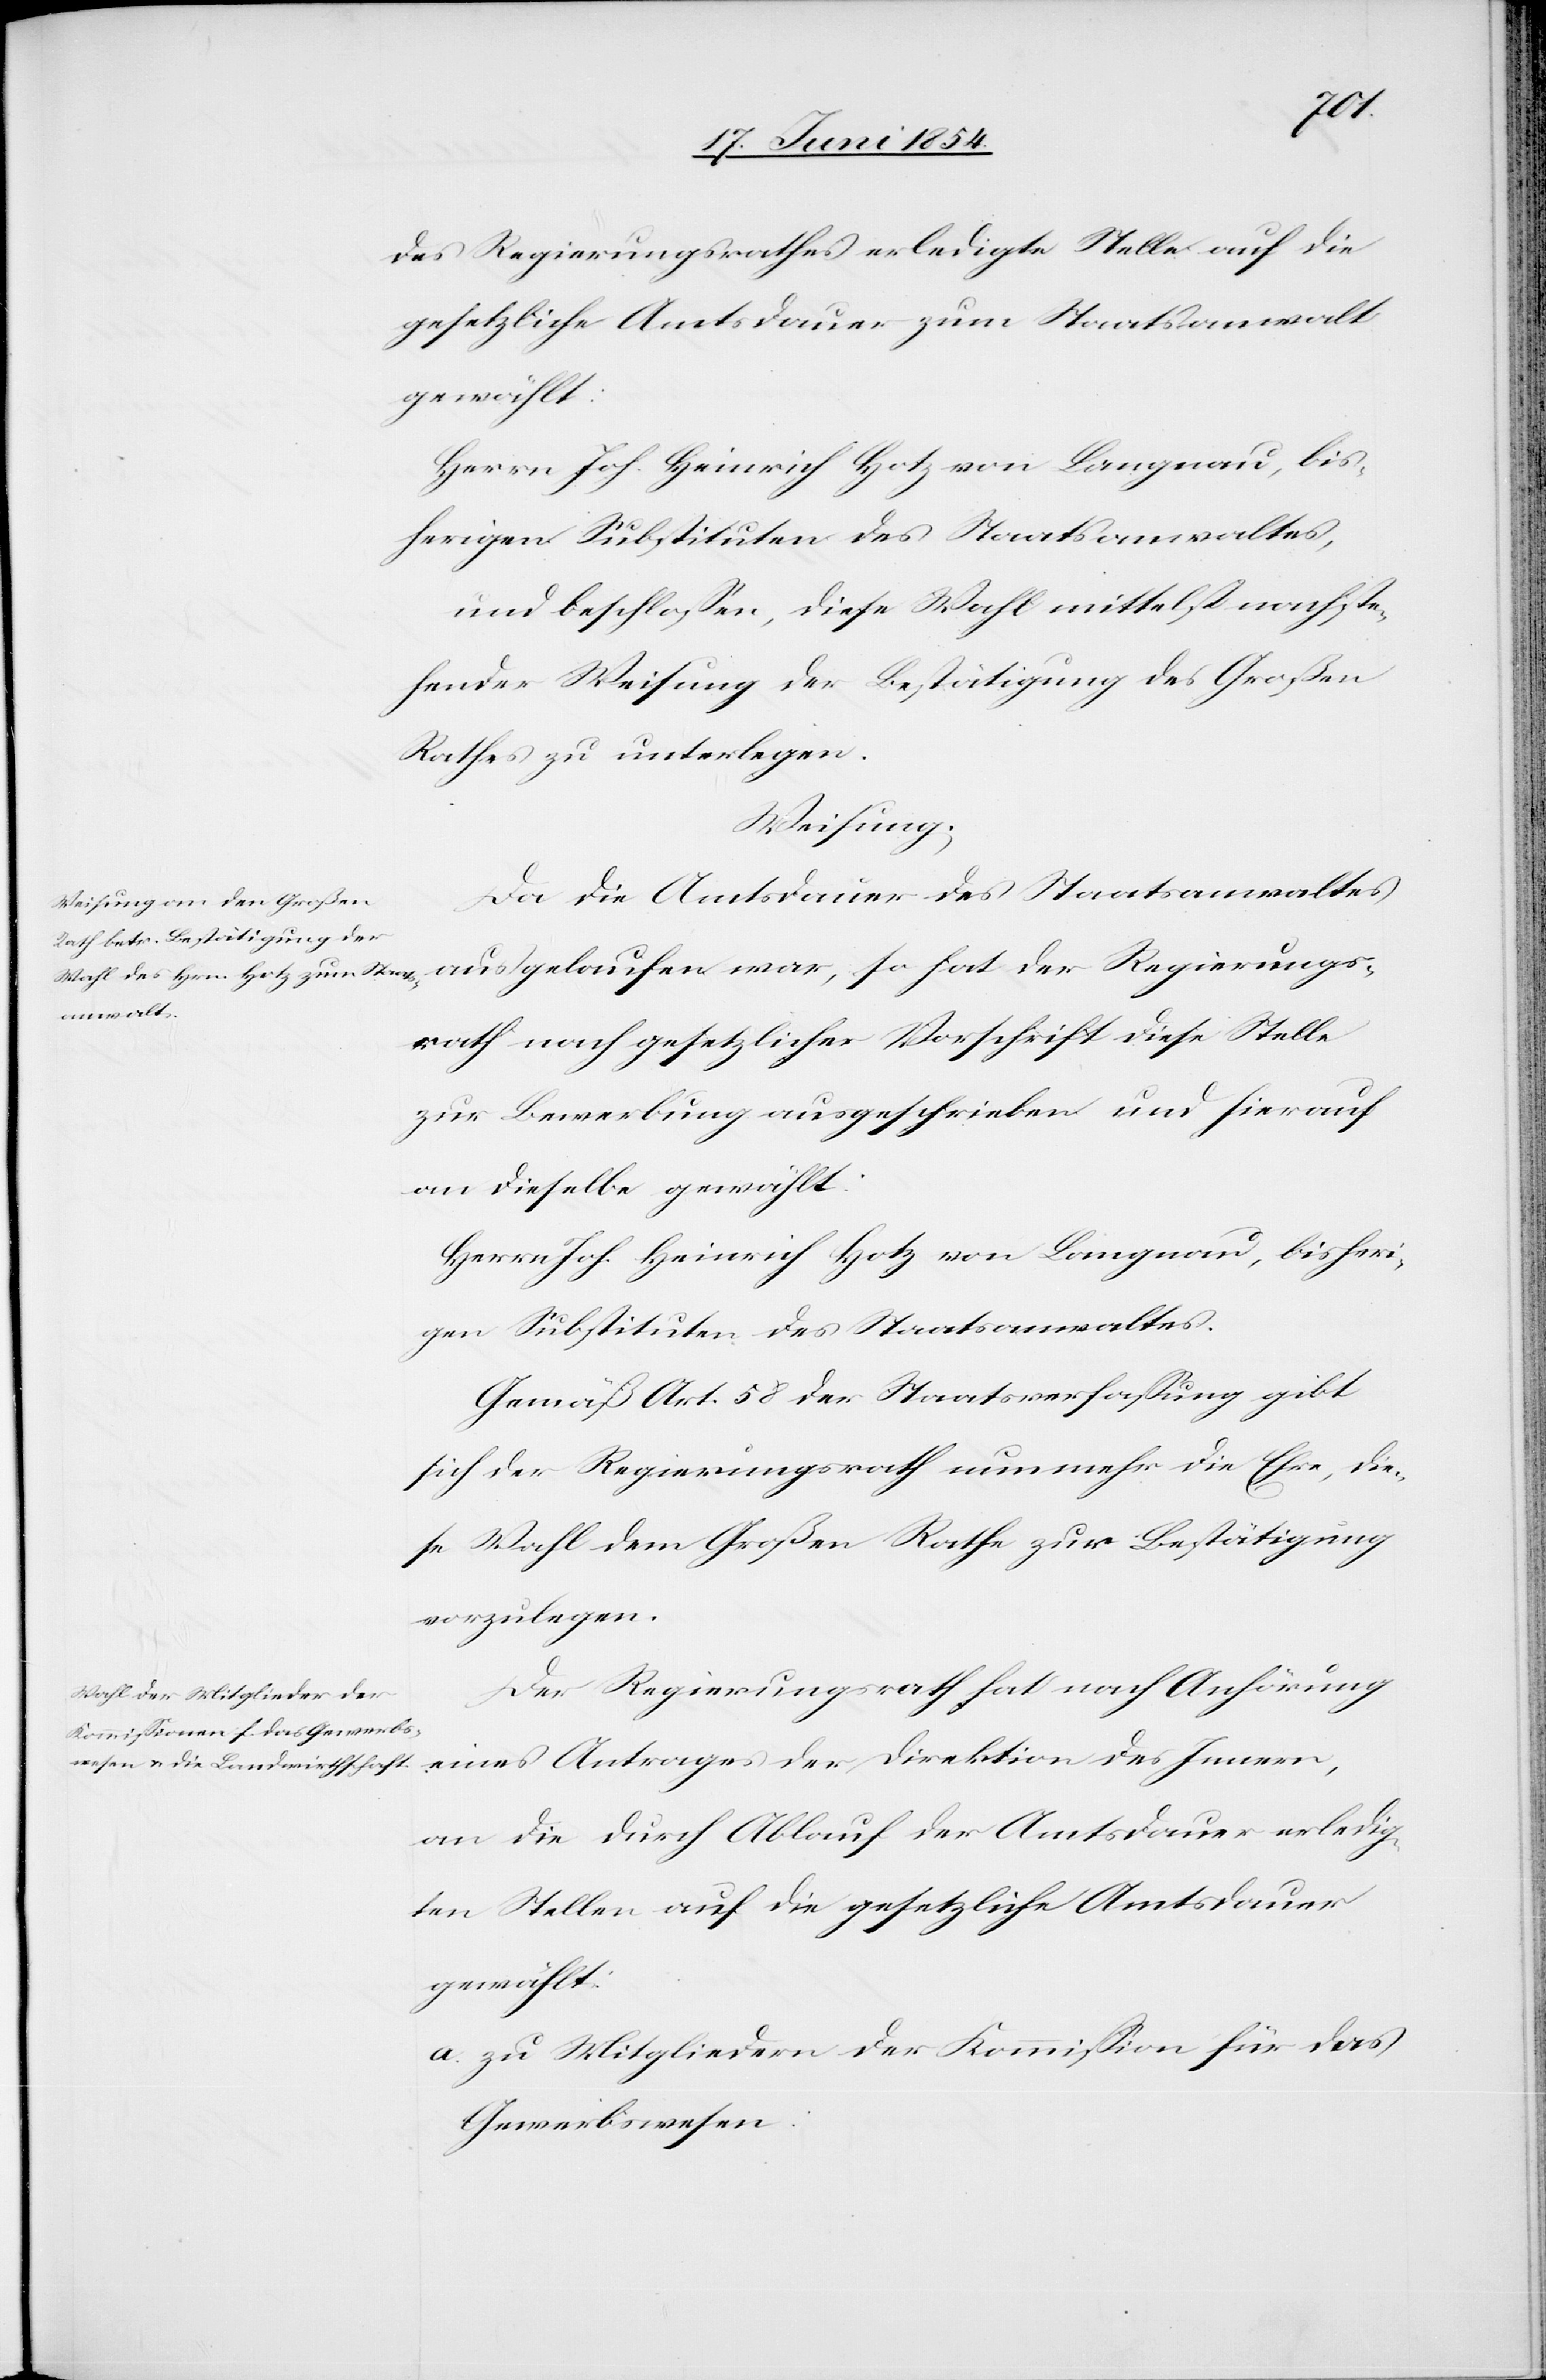
hat
des Regierungsrathes erledigte Stelle auf die
gesetzliche Amtsdauer zum Staatsanwalt
gewählt:
Herrn Joh. Heinrich Hotz von Langnau, bis¬
herigen Substituten des Staatsanwaltes,
und beschloßen, diese Wahl mittelst nachste¬
hender Weisung der Bestätigung des Großen
Rathes zu unterlegen.
Regierungs¬
Da die Amtsdauer des Staatsanwaltes
rath nach gesetzlicher Vorschrift diese Stelle
zur Bewerbung ausgeschrieben und hierauf
an dieselbe gewählt:
Herrn Joh. Heinrich Hotz von Langnau, bisheri¬
gen Substituten des Staatsanwaltes.
Gemäß Art. 58 der Staatsverfaßung gibt
sich der Regierungsrath nunmehr die Ehre, die¬
se Wahl dem Großen Rathe zur Bestätigung
vorzulegen.
Der Regierungsrath hat nach Anhörung
eines Antrages der Direktion des Innern,
an die durch Ablauf der Amtsdauer erledig¬
ten Stellen auf die gesetzliche Amtsdauer
gewählt.
a. zu Mitgliedern der Kommißion für das
Gewerbswesen: